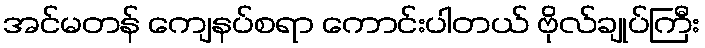
အင်မတန် ကျေနပ်စရာ ကောင်းပါတယ် ဗိုလ်ချုပ်ကြီး